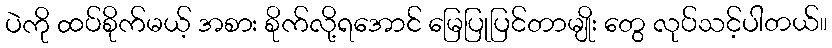
ပဲကို ထပ်စိုက်မယ့် အစား စိုက်လို့ရအောင် မြေပြုပြင်တာမျိုး တွေ လုပ်သင့်ပါတယ်။